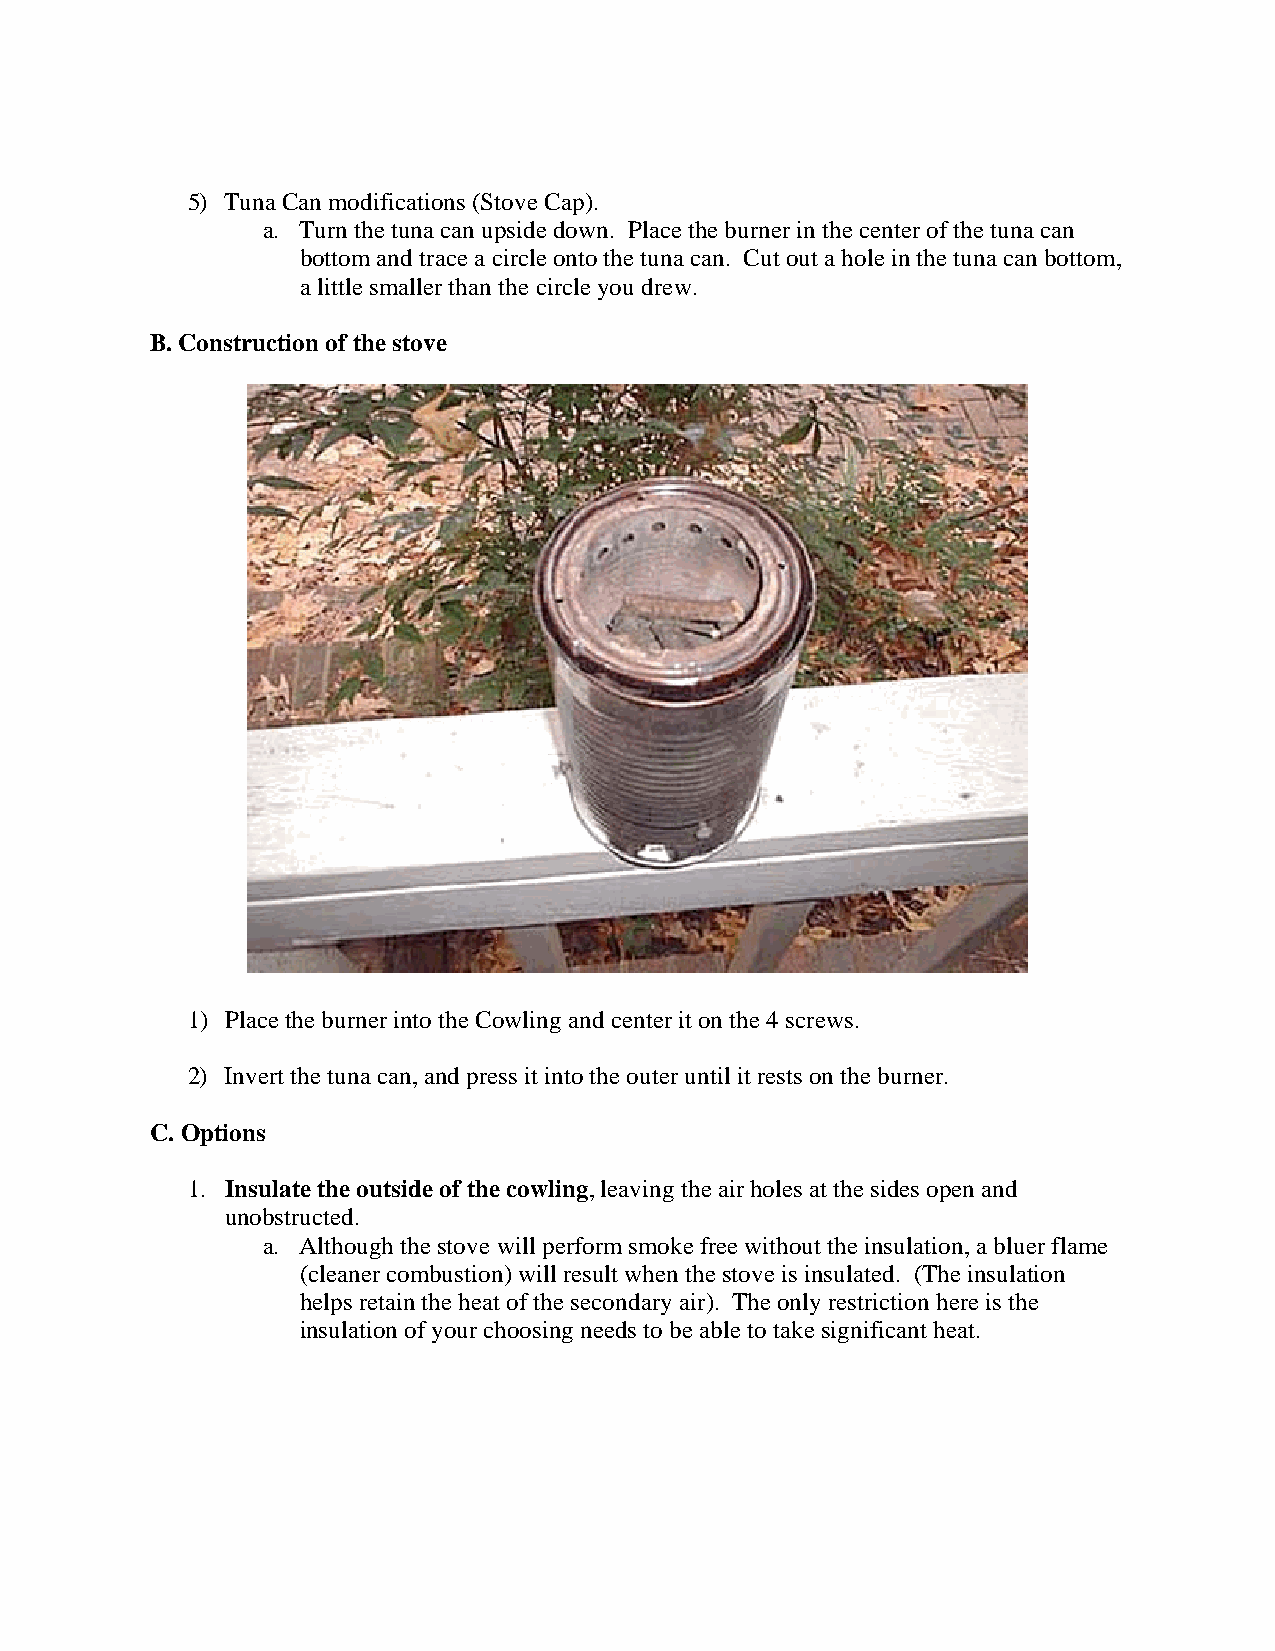
5) Tuna Can modifications (Stove Cap).
 a. Turn the tuna can upside down. Place the burner in the center of the tuna can
 bottom and trace a circle onto the tuna can. Cut out a hole in the tuna can bottom,
 a little smaller than the circle you drew.
 B. Construction of the stove
 1) Place the burner into the Cowling and center it on the 4 screws.
 2) Invert the tuna can, and press it into the outer until it rests on the burner.
 C. Options
 1. Insulate the outside of the cowling, leaving the air holes at the sides open and
 unobstructed.
 a. Although the stove will perform smoke free without the insulation, a bluer flame
 (cleaner combustion) will result when the stove is insulated. (The insulation
 helps retain the heat of the secondary air). The only restriction here is the
 insulation of your choosing needs to be able to take significant heat.